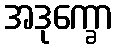
အဒုက္ခော